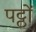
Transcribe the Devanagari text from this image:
पट्ठों